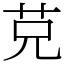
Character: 𦬺